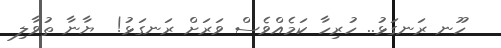
ހޫނ ރަނގަޅު.. ހުރިހާ ކަމެއްވެސް ވަރަށް ރަނގަޅު!  ޔާނާ ތުވާލި